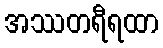
အဿတရီရထာ